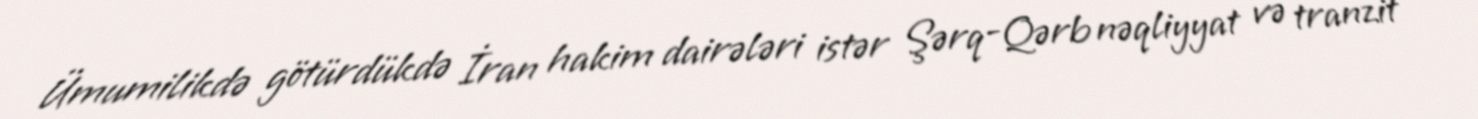
Ümumilikdə götürdükdə İran hakim dairələri istər Şərq-Qərb nəqliyyat və tranzit